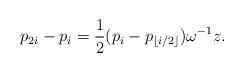
LaTeX: \begin{align*}p_{2i}-p_i = \frac12(p_i-p_{\lfloor i/2\rfloor})\omega^{-1}z.\end{align*}